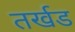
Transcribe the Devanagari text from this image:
तर्खड